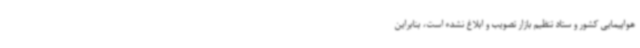
هواپیمایی کشور و ستاد تنظیم بازار تصویب و ابلاغ نشده است، بنابراین